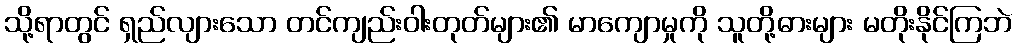
သို့ရာတွင် ရှည်လျားသော တင်ကျည်းဝါးတုတ်များ၏ မာကျောမှုကို သူတို့ဓားများ မတိုးနိုင်ကြဘဲ